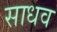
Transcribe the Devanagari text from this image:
साधव